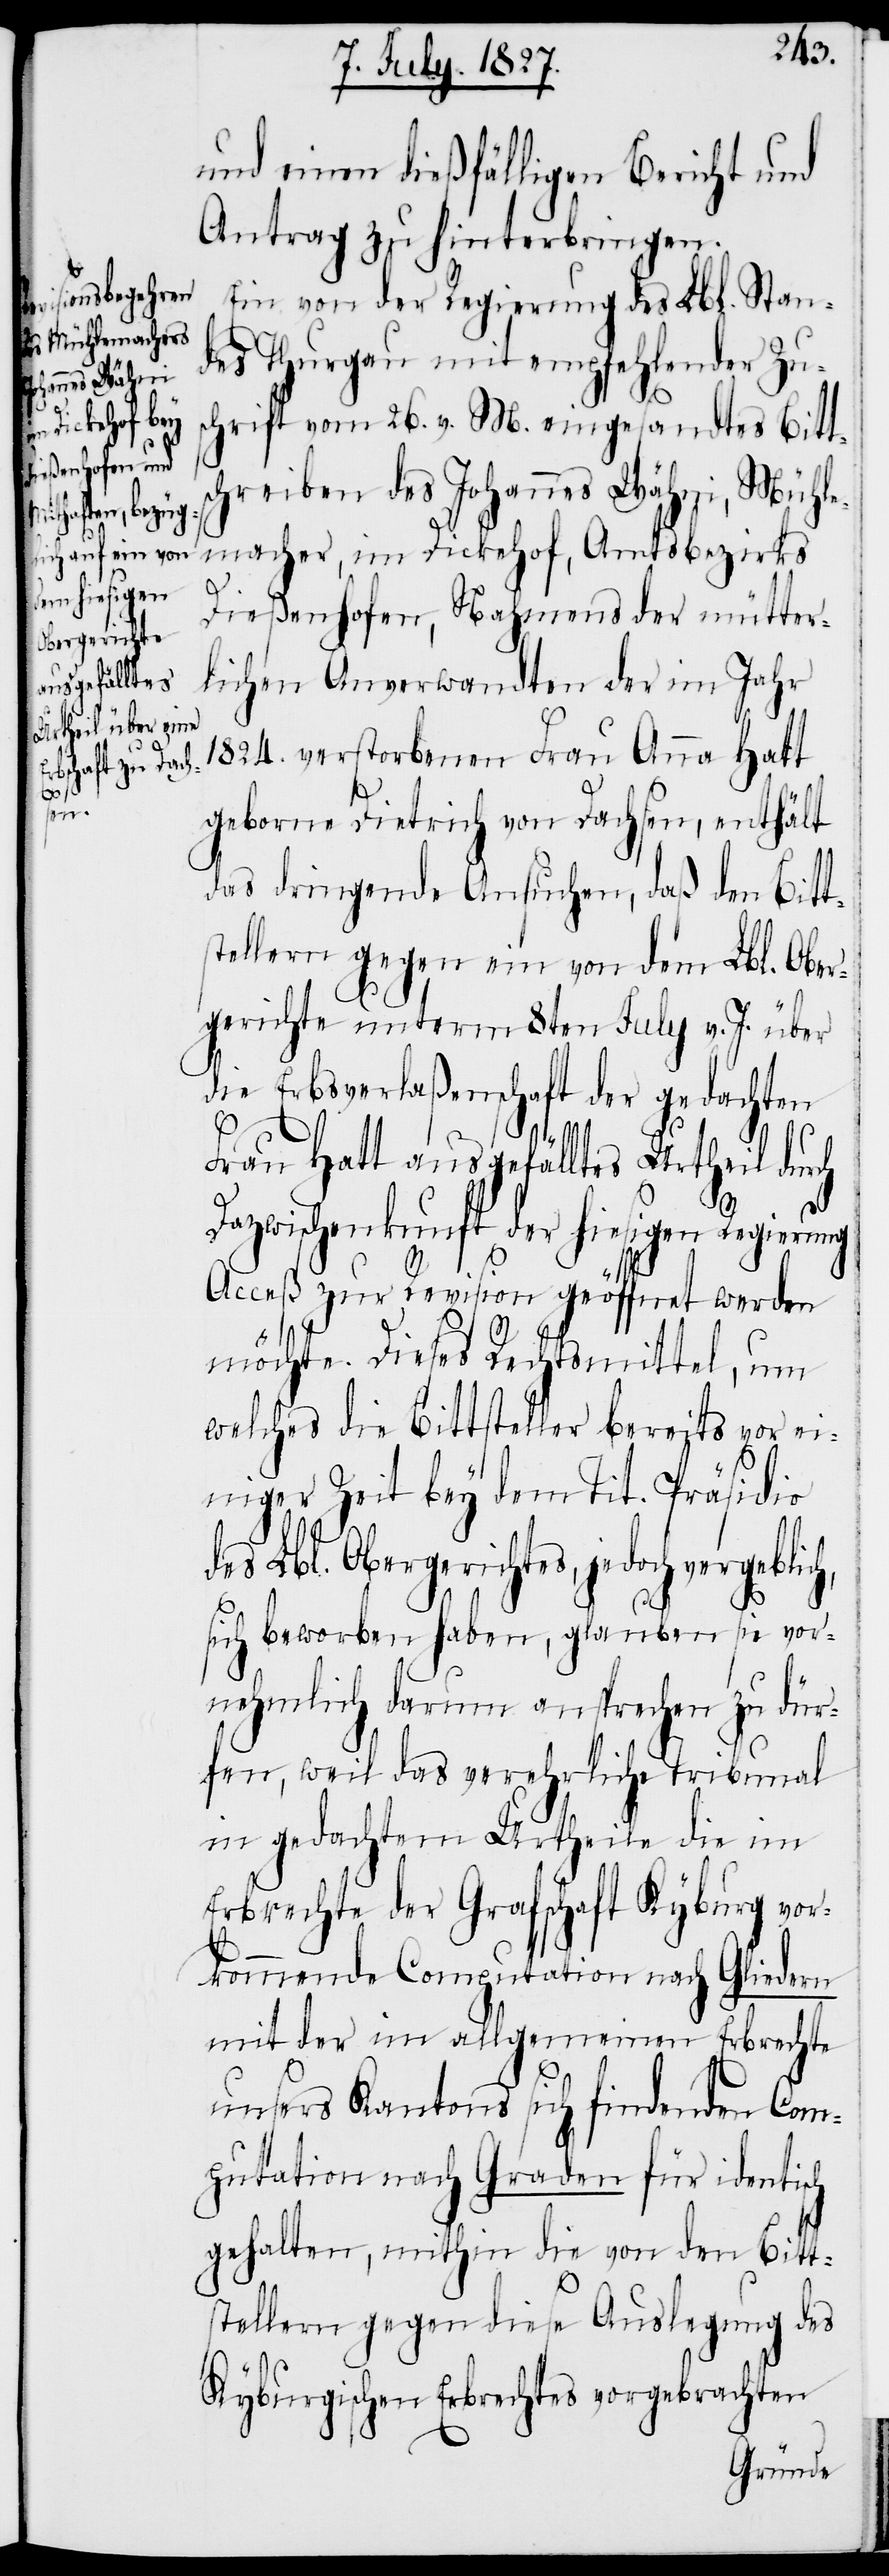
und einen dießfälligen Bericht und
Antrag zu hinterbringen.
Ein von der Regierung des Lbl. Stan¬
des Thurgau mit empfehlender Zu¬
schrift vom 26. v. M. eingesandtes Bitts¬
chreiben des Johannes Wähni, Mühle¬
macher, im Dickehof, Amtsbezirs
ch,
Dießenhofen, Nahmens der mütter¬
lichen Anverwandten der im Jahr
1824. verstorbenen Frau Anna Hatt
geborne Dietrich von Dachsen, enthält
das dringende Ansuchen, daß den Bitt¬
stellern gegen ein von dem Lbl. Ober¬
gerichte unterm 8ten July v. J. über
die Erbsverlaßenschaft der gedachten
Frau Hatt ausgefälltes Urtheil durch
Dazwischenkunft der hiesigen Regierung
Acceß zur Revision geöffnet werden
möchte. Dieses Rechtsmittel, um
welches die Bittsteller bereits vor ei¬
niger Zeit bey dem Tit. Präsidio
des Lbl. Obergerichtes, jedoch vergebli¬
sich beworben haben, glauben sie vor¬
nehmlich darum ansprechen zu dür¬
fen, weil das verehrliche Tribunal
in gedachtem Urtheile die im
Erbrechte der Grafschaft Kyburg vor¬
kommende Computation nach Gliedern
mit der im allgemeinen Erbrechte
unsers Kantons sich findenden Com¬
putation nach Graden für identisch
gehalten, mithin die von den Bitt¬
stellern gegen diese Auslegung des
Kyburgischen Erbrechtes vorgebrachten